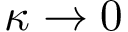
\kappa \rightarrow 0